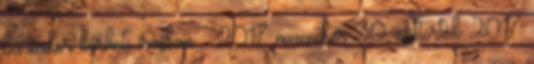
bármikor kérheti írásban. . 2017 november 30, csütörtök 2017